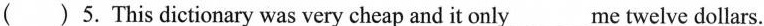
( )5. This dictionary was very cheap and it only_me twelve dollars.